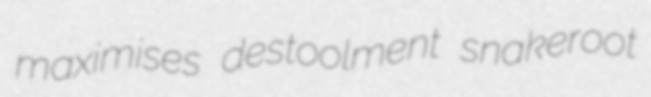
maximises destoolment snakeroot